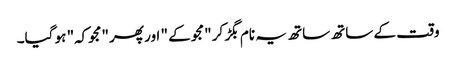
وقت کے ساتھ ساتھ یہ نام بگڑ کر "مجو کے " اور پھر "مجوکہ" ہو گیا۔